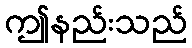
ဤနည်းသည်